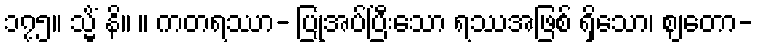
၁၇၅။ သ္မိံ နိ။ ။ ကတရဿာ- ပြုအပ်ပြီးသော ရဿအဖြစ် ရှိသော၊ ဈတော-